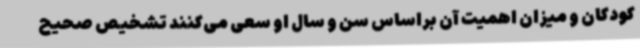
کودکان و میزان اهمیت آن براساس سن و سال او سعی می‌کنند تشخیص صحیح